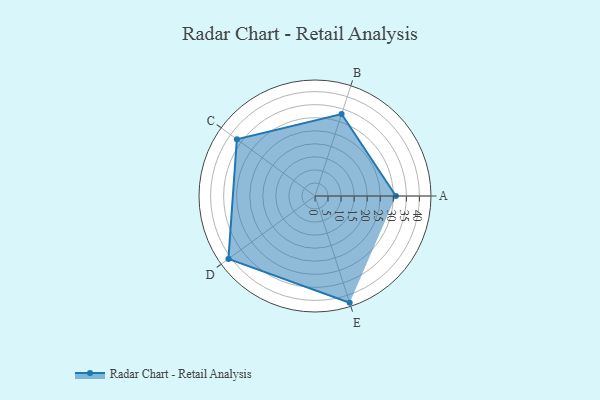
{"axis": {"x": "Skill", "y": "Score"}, "legend": ["Profile"], "data": [{"x": "A", "y": 31.0, "type": "Profile"}, {"x": "B", "y": 33.0, "type": "Profile"}, {"x": "C", "y": 37.0, "type": "Profile"}, {"x": "D", "y": 41.0, "type": "Profile"}, {"x": "E", "y": 43.0, "type": "Profile"}]}